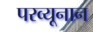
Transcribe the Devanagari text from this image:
परव्यूनान